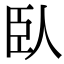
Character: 臥